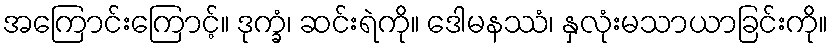
အကြောင်းကြောင့်။ ဒုက္ခံ၊ ဆင်းရဲကို။ ဒေါမနဿံ၊ နှလုံးမသာယာခြင်းကို။